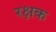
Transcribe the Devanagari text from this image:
रक्षक